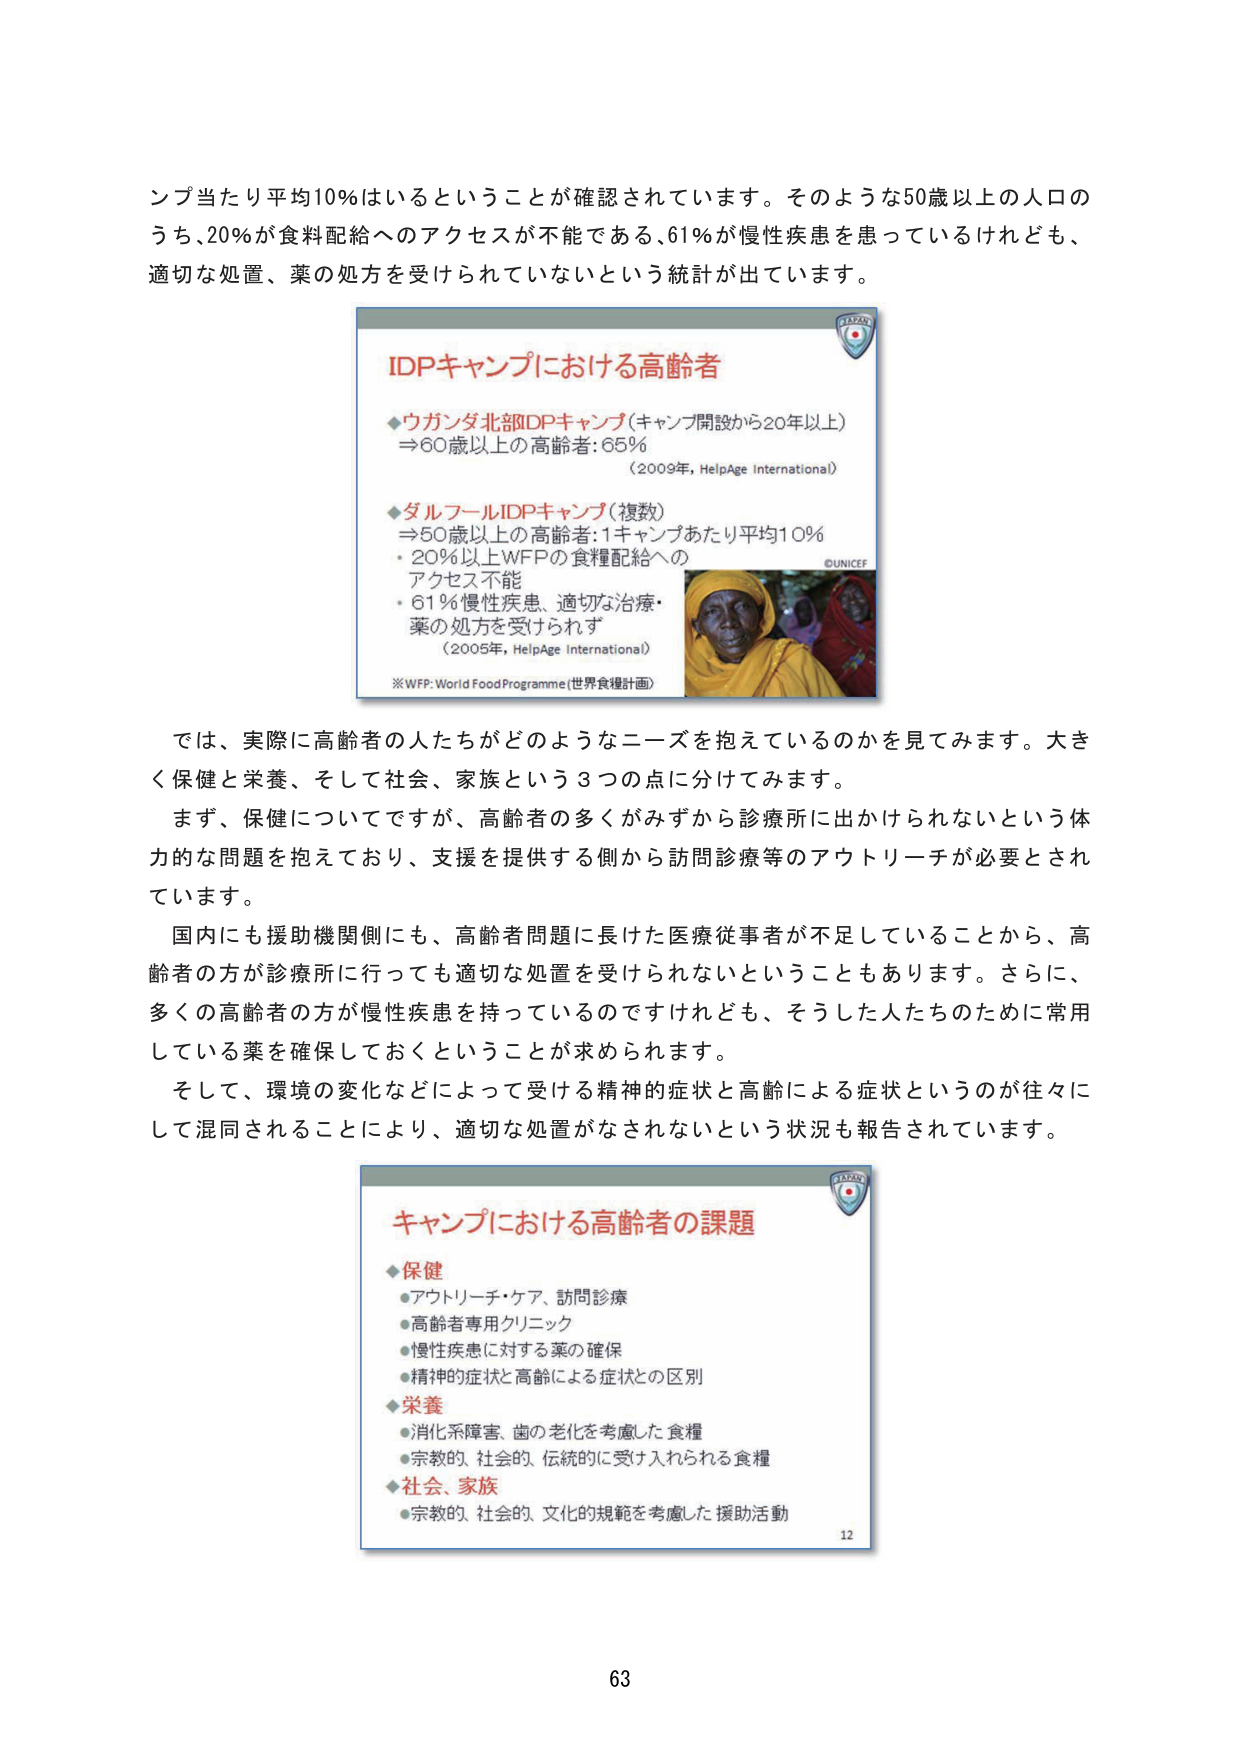
ンプ当たり平均10％はいるということが確認されています。そのような50歳以上の人口のうち、20％が食料配給へのアクセスが不能である、61％が慢性疾患を患っているけれども、適切な処置、薬の処方を受けられていないという統計が出ています。

IDPキャンプにおける高齢者

◆ウガンダ北部DPキャンプ（キャンプ開設から20年以上）
⇒60歳以上の高齢者：65％
（2009年，HelpAge International）

◆ダルフールIDPキャンプ（複数）
⇒50歳以上の高齢者：1キャンプあたり平均10％
・20％以上WFPの食糧配給へのアクセス不能
・61％慢性疾患、適切な治療・薬の処方を受けられず
（2005年，HelpAge International）

※WFP: World Food Programme（世界食糧計画）

©UNICEF

では、実際に高齢者の人たちがどのようなニーズを抱えているのかを見てみます。大きく保健と栄養、そして社会、家族という3つの点に分けてみます。

まず、保健についてですが、高齢者の多くがみずから診療所に出かけられないという体力的な問題を抱えており、支援を提供する側から訪問診療等のアウトリーチが必要とされています。

国内にも援助機関側にも、高齢者問題に長けた医療従事者が不足していることから、高齢者の方が診療所に行っても適切な処置を受けられないということもあります。さらに、多くの高齢者の方が慢性疾患を持っているのですけれども、そうした人たちのために常用している薬を確保しておくということが求められます。

そして、環境の変化などによって受ける精神的症状と高齢による症状というのが往々にして混同されることにより、適切な処置がなされないという状況も報告されています。

キャンプにおける高齢者の課題

◆保健
・アウトリーチ・ケア、訪問診療
・高齢者専用クリニック
・慢性疾患に対する薬の確保
・精神的症状と高齢による症状との区別

◆栄養
・消化系障害、歯の老化を考慮した食糧
・宗教的、社会的、伝統的に受け入れられる食糧

◆社会、家族
・宗教的、社会的、文化的規範を考慮した援助活動

12

63